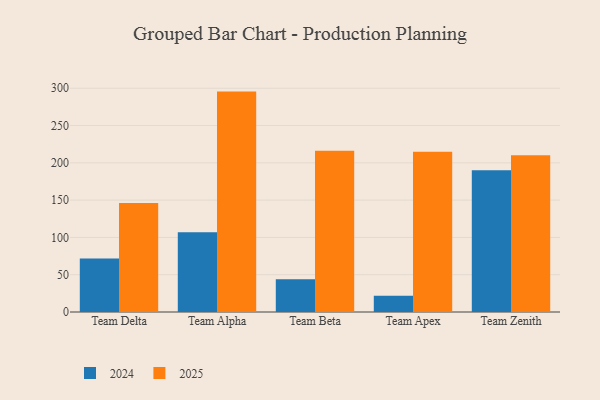
{"axis": {"x": "Team", "y": "Revenue (USD Million)"}, "legend": ["2024", "2025"], "data": [{"x": "Team Delta", "y": 146.0, "type": "2025"}, {"x": "Team Delta", "y": 71.6, "type": "2024"}, {"x": "Team Alpha", "y": 295.5, "type": "2025"}, {"x": "Team Alpha", "y": 106.9, "type": "2024"}, {"x": "Team Beta", "y": 216.1, "type": "2025"}, {"x": "Team Beta", "y": 43.8, "type": "2024"}, {"x": "Team Apex", "y": 214.7, "type": "2025"}, {"x": "Team Apex", "y": 21.8, "type": "2024"}, {"x": "Team Zenith", "y": 210.0, "type": "2025"}, {"x": "Team Zenith", "y": 189.9, "type": "2024"}]}